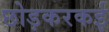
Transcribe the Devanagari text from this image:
छोड़करकई